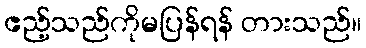
ဧည့်သည်ကိုမပြန်ရန် တားသည်။